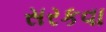
સરકવા